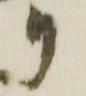
り